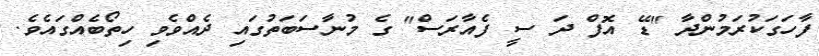
ފާހަގަކުރަމުންދާ "ޑޭ އޮފް ދަ ސީ ފެއާރަސް" ގެ މުނާސަބަތުގައި ދެއްވެވި ހިތޯބެއްގައެވެ.